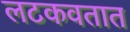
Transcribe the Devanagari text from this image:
लटकवतात